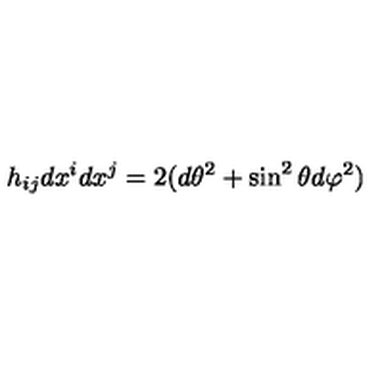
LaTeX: h _ { i j } d x ^ { i } d x ^ { j } = 2 ( d \theta ^ { 2 } + \sin ^ { 2 } \theta d \varphi ^ { 2 } )